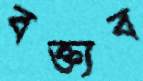
বক্ত্যব